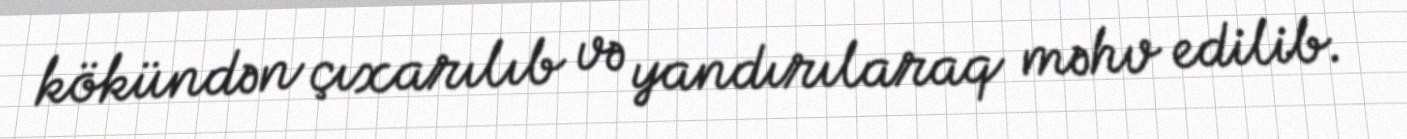
kökündən çıxarılıb və yandırılaraq məhv edilib.